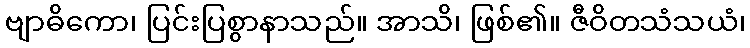
ဗျာဓိကော၊ ပြင်းပြစွာနာသည်။ အာသိ၊ ဖြစ်၏။ ဇီဝိတသံသယံ၊